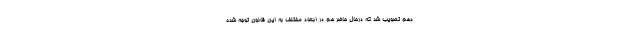
دهم تصویب شد که درحال حاضر هم در ابعاد مختلف به این قانون توجه شده